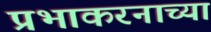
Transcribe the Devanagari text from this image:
प्रभाकरनाच्या